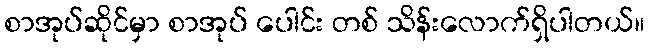
စာအုပ်ဆိုင်မှာ စာအုပ် ပေါင်း တစ် သိန်းလောက်ရှိပါတယ်။